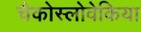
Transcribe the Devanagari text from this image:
चैकोस्लोवेकिया